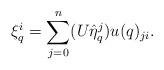
LaTeX: \begin{align*}\xi_q^i=\sum_{j=0}^n(U\hat{\eta}_q^j)u(q)_{ji}.\end{align*}